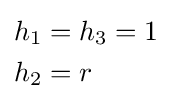
{\begin{aligned}h_{1}&=h_{3}=1\\h_{2}&=r\end{aligned}}